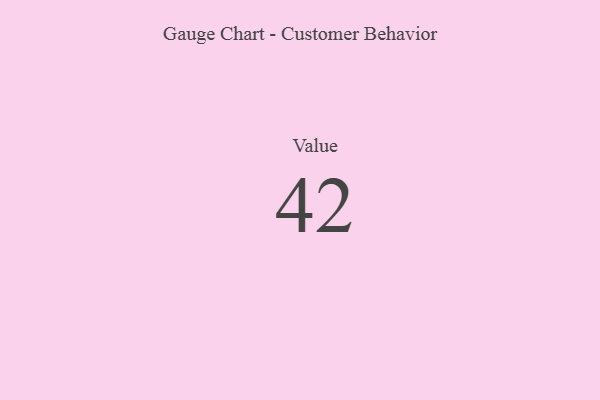
{"axis": {"x": "Metric", "y": "Value"}, "legend": [""], "data": [{"x": "Value", "y": 42, "type": ""}]}